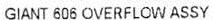
GIANT 606 OVERFLOW ASSY